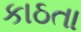
કાઠતા